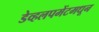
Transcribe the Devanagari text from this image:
डेव्हलपमेंटमधून